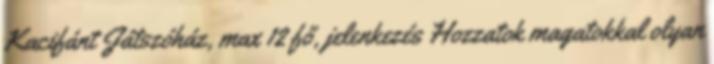
Kacifánt Játszóház, max 12 fő, jelenkezés Hozzatok magatokkal olyan